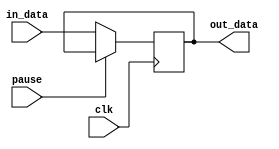

module re(
	input wire		clk,
	input wire		pause,
	input wire	[7:0] in_data,
	output reg	[7:0] out_data
	);
	always @(posedge clk) begin
		if (pause) begin
			
		end
		else begin
		out_data <= in_data;
		end
	end
endmodule